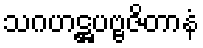
သဂဟဋ္ဌပဗ္ဗဇိတာနံ